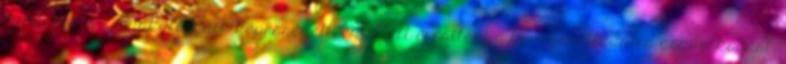
minôségét és munkatársaik képességeit, emellett erôsíteni a környezettudatos gondolkodást.